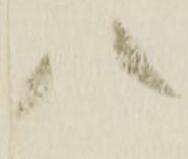
八